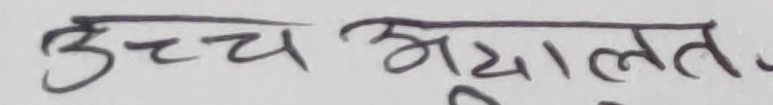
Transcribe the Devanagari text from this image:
उच्च अदालत